Report of the Indian Hemp Drugs Commission, 1894-1895 - Volume I
Year: 1894
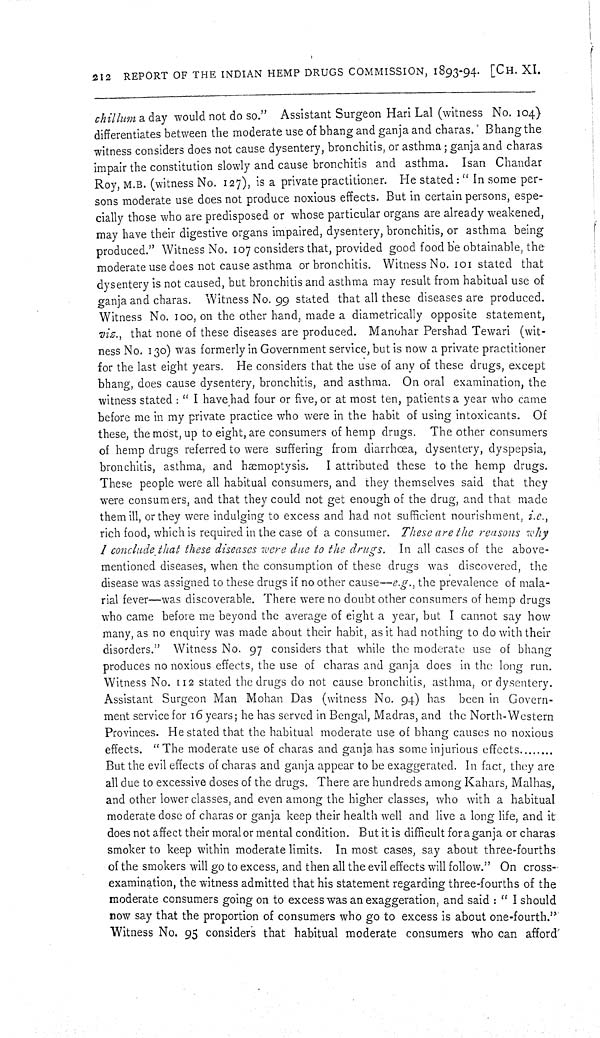
212 REPORT OF THE INDIAN HEMP DRUGS COMMISSION, 1893-94. [CH. XI.
chillum a day would not do so." Assistant Surgeon Hari Lal (witness No. 104)
differentiates between the moderate use of bhang and ganja and charas. Bhang the
witness considers does not cause dysentery, bronchitis, or asthma; ganja and charas
impair the constitution slowly and cause bronchitis and asthma. Isan Chandar
Roy, M.B. (witness No. 127), is a private practitioner. He stated: "In some per-
sons moderate use does not produce noxious effects. But in certain persons, espe-
cially those who are predisposed or whose particular organs are already weakened,
may have their digestive organs impaired, dysentery, bronchitis, or asthma being
produced." Witness No. 107 considers that, provided good food be obtainable, the
moderate use does not cause asthma or bronchitis. Witness No. 101 stated that
dysentery is not caused, but bronchitis and asthma may result from habitual use of
ganja and charas. Witness No. 99 stated that all these diseases are produced.
Witness No. 100, on the other hand, made a diametrically opposite statement,
viz., that none of these diseases are produced. Manohar Pershad Tewari (wit-
ness No. 130) was formerly in Government service, but is now a private practitioner
for the last eight years. He considers that the use of any of these drugs, except
bhang, does cause dysentery, bronchitis, and asthma. On oral examination, the
witness stated: "I have had four or five, or at most ten, patients a year who came
before me in my private practice who were in the habit of using intoxicants. Of
these, the most, up to eight, are consumers of hemp drugs. The other consumers
of hemp drugs referred to were suffering from diarrhœa, dysentery, dyspepsia,
bronchitis, asthma, and hæmoptysis.
I attributed these to the hemp drugs.
These people were all habitual consumers, and they themselves said that they
were consumers, and that they could not get enough of the drug, and that made
them ill, or they were indulging to excess and had not sufficient nourishment, i.e.,
rich food, which is required in the case of a consumer. These are the reasons why
I conclude that these diseases were due to the drugs. In all cases of the above-
mentioned diseases, when the consumption of these drugs was discovered, the
disease was assigned to these drugs if no other cause—e.g., the prevalence of mala-
rial fever—was discoverable. There were no doubt other consumers of hemp drugs
who came before me beyond the average of eight a year, but I cannot say how
many, as no enquiry was made about their habit, as it had nothing to do with their
disorders." Witness No. 97 considers that while the moderate use of bhang
produces no noxious effects, the use of charas and ganja does in the long run.
Witness No. 112 stated the drugs do not cause bronchitis, asthma, or dysentery.
Assistant Surgeon Man Mohan Das (witness No. 94) has been in Govern-
ment service for 16 years; he has served in Bengal, Madras, and the North-Western
Provinces. He stated that the habitual moderate use of bhang causes no noxious
effects. "The moderate use of charas and ganja has some injurious effects
But the evil effects of charas and ganja appear to be exaggerated. In fact, they are
all due to excessive doses of the drugs. There are hundreds among Kahars, Malhas,
and other lower classes, and even among the higher classes, who with a habitual
moderate dose of charas or ganja keep their health well and live a long life, and it
does not affect their moral or mental condition. But it is difficult for a ganja or charas
smoker to keep within moderate limits. In most cases, say about three-fourths
of the smokers will go to excess, and then all the evil effects will follow." On cross-
examination, the witness admitted that his statement regarding three-fourths of the
moderate consumers going on to excess was an exaggeration, and said: "I should
now say that the proportion of consumers who go to excess is about one-fourth."
Witness No. 95 considers that habitual moderate consumers who can afford